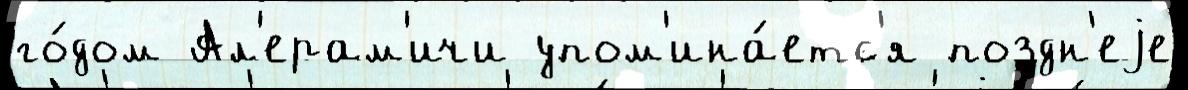
го́дом Ал'ерам'ичи упом'ина́етс'я поздн'еjе